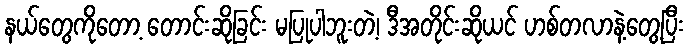
နယ်တွေကိုတော့ တောင်းဆိုခြင်း မပြုပါဘူးတဲ့၊ ဒီအတိုင်းဆိုယင် ဟစ်တလာနဲ့တွေ့ပြီး